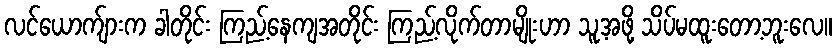
လင်ယောက်ျားက ခါတိုင်း ကြည့်နေကျအတိုင်း ကြည့်လိုက်တာမျိုးဟာ သူ့အဖို့ သိပ်မထူးတော့ဘူးလေ။